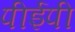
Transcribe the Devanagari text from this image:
पीईपी